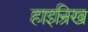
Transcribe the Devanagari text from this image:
हाइन्रिख